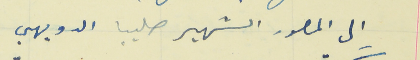
الى المصور الشهير صليبا الدويهي